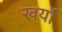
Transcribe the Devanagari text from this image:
खर्यो